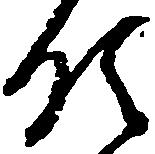
領